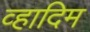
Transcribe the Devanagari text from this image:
व्हादिम